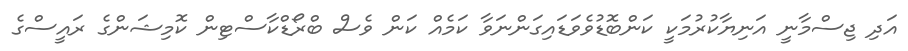
އަދި ޖިސްމާނީ އަނިޔާކުރުމަކީ ކަންބޮޑުވެވަޑައިގަންނަވާ ކަމެއް ކަން ވެސް ބްރޯޑްކާސްޓިން ކޮމިޝަންގެ ރައީސްގެ